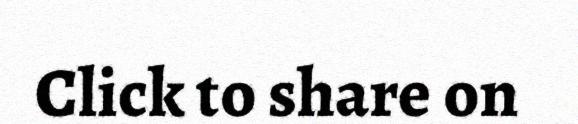
Click to share on